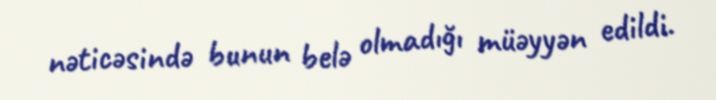
nəticəsində bunun belə olmadığı müəyyən edildi.